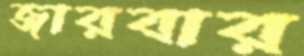
জারবার